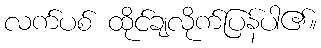
လက်ပစ် ထိုင်ချလိုက်ပြန်ပါ၏။